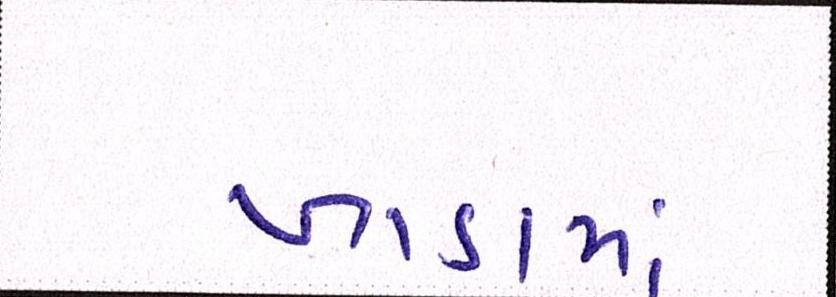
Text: ખાડામાં